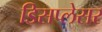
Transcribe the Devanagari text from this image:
डिसप्लेसर